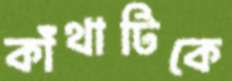
কাঁথাটিকে